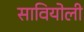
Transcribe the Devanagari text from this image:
सावियोली